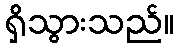
ရှိသွားသည်။